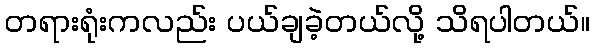
တရားရုံးကလည်း ပယ်ချခဲ့တယ်လို့ သိရပါတယ်။